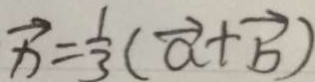
\overrightarrow { x } = \frac { 1 } { 3 } ( \overrightarrow { a } + \overrightarrow { b } )